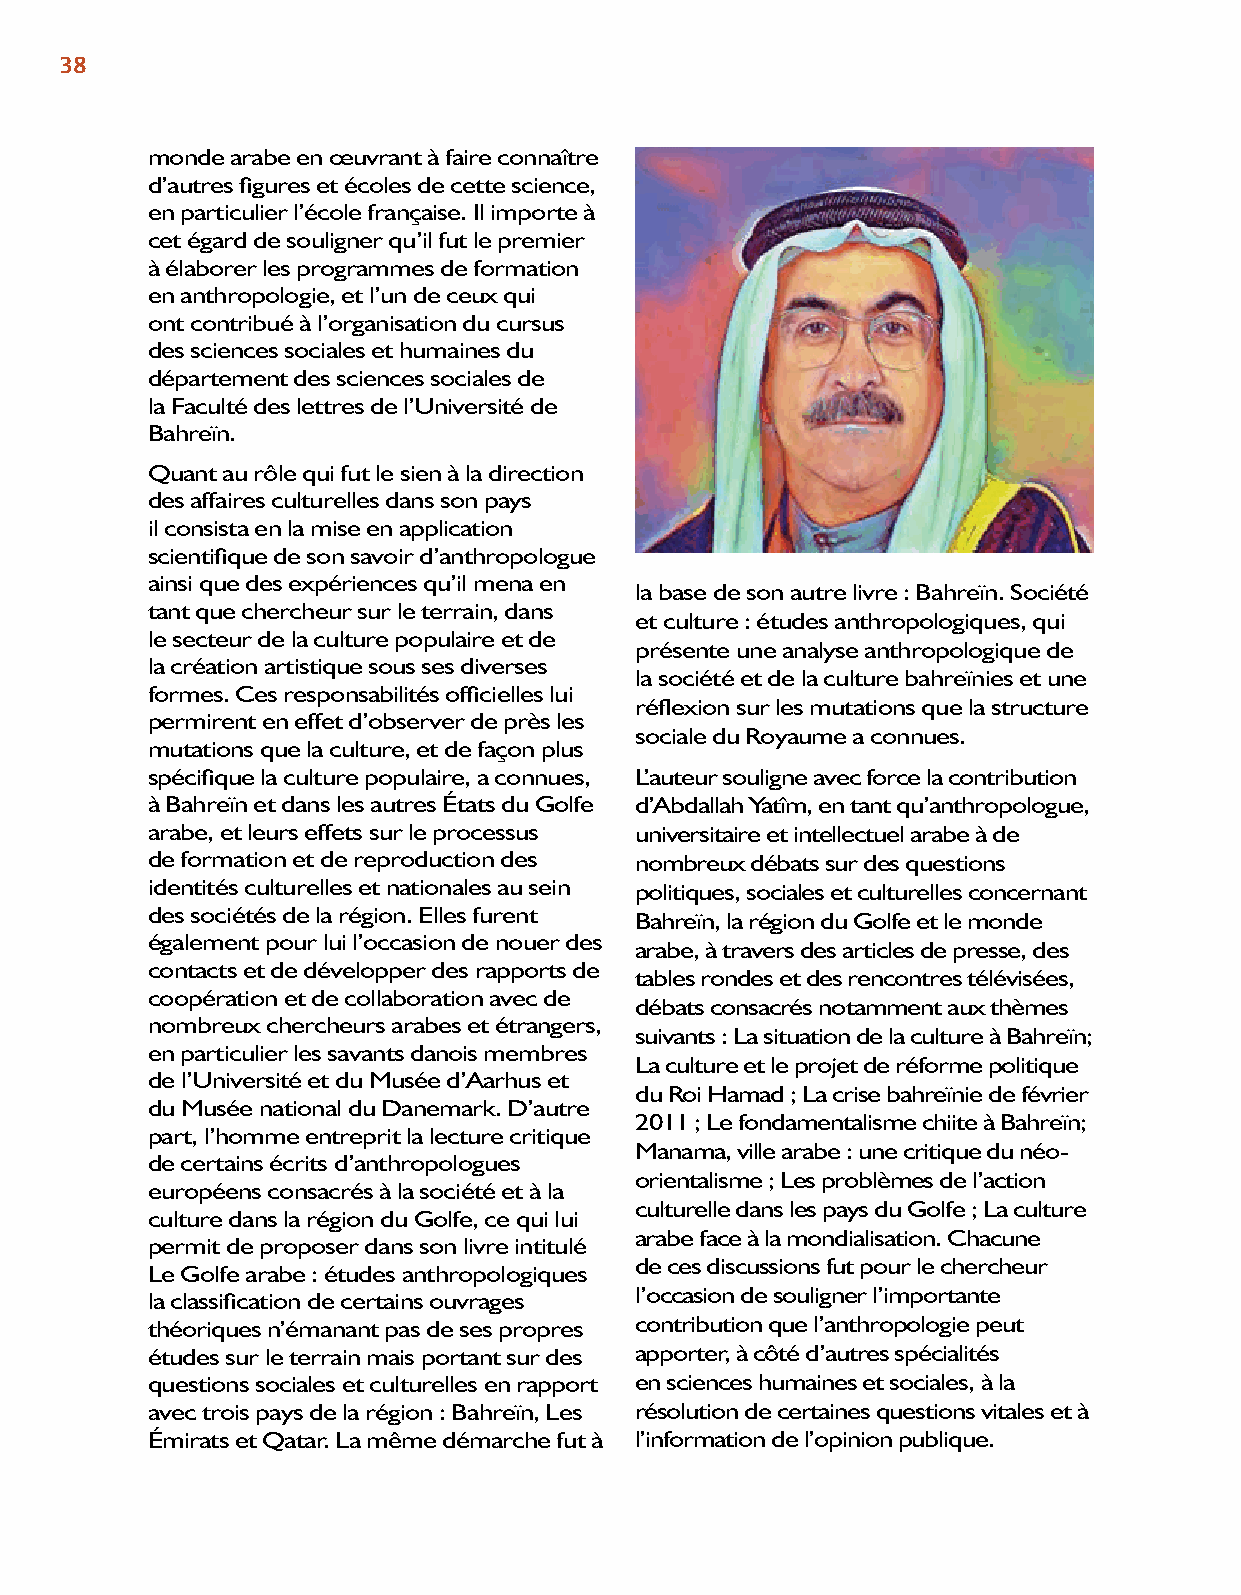
38
 monde arabe en œuvrant à faire connaître
 d’autres figures et écoles de cette science,
 en particulier l’école française. Il importe à
 cet égard de souligner qu’il fut le premier
 à élaborer les programmes de formation
 en anthropologie, et l’un de ceux qui
 ont contribué à l’organisation du cursus
 des sciences sociales et humaines du
 département des sciences sociales de
 la Faculté des lettres de l’Université de
 Bahreïn.
 Quant au rôle qui fut le sien à la direction
 des affaires culturelles dans son pays
 il consista en la mise en application
 scientifique de son savoir d’anthropologue
 ainsi que des expériences qu’il mena en
 la base de son autre livre : Bahreïn. Société
 tant que chercheur sur le terrain, dans
 et culture : études anthropologiques, qui
 le secteur de la culture populaire et de
 présente une analyse anthropologique de
 la création artistique sous ses diverses
 la société et de la culture bahreïnies et une
 formes. Ces responsabilités officielles lui
 réflexion sur les mutations que la structure
 permirent en effet d’observer de près les
 sociale du Royaume a connues.
 mutations que la culture, et de façon plus
 spécifique la culture populaire, a connues, L’auteur souligne avec force la contribution
 à Bahreïn et dans les autres États du Golfe d’Abdallah Yatîm, en tant qu’anthropologue,
 arabe, et leurs effets sur le processus universitaire et intellectuel arabe à de
 de formation et de reproduction des nombreux débats sur des questions
 identités culturelles et nationales au sein politiques, sociales et culturelles concernant
 des sociétés de la région. Elles furent Bahreïn, la région du Golfe et le monde
 également pour lui l’occasion de nouer des
 arabe, à travers des articles de presse, des
 contacts et de développer des rapports de
 tables rondes et des rencontres télévisées,
 coopération et de collaboration avec de
 débats consacrés notamment aux thèmes
 nombreux chercheurs arabes et étrangers,
 suivants : La situation de la culture à Bahreïn;
 en particulier les savants danois membres
 La culture et le projet de réforme politique
 de l’Université et du Musée d’Aarhus et
 du Roi Hamad ; La crise bahreïnie de février
 du Musée national du Danemark. D’autre
 2011 ; Le fondamentalisme chiite à Bahreïn;
 part, l’homme entreprit la lecture critique
 Manama, ville arabe : une critique du néo-
 de certains écrits d’anthropologues
 orientalisme ; Les problèmes de l’action
 européens consacrés à la société et à la
 culturelle dans les pays du Golfe ; La culture
 culture dans la région du Golfe, ce qui lui
 arabe face à la mondialisation. Chacune
 permit de proposer dans son livre intitulé
 de ces discussions fut pour le chercheur
 Le Golfe arabe : études anthropologiques
 la classification de certains ouvrages l’occasion de souligner l’importante
 théoriques n’émanant pas de ses propres contribution que l’anthropologie peut
 études sur le terrain mais portant sur des apporter, à côté d’autres spécialités
 questions sociales et culturelles en rapport en sciences humaines et sociales, à la
 avec trois pays de la région : Bahreïn, Les résolution de certaines questions vitales et à
 Émirats et Qatar. La même démarche fut à l’information de l’opinion publique.